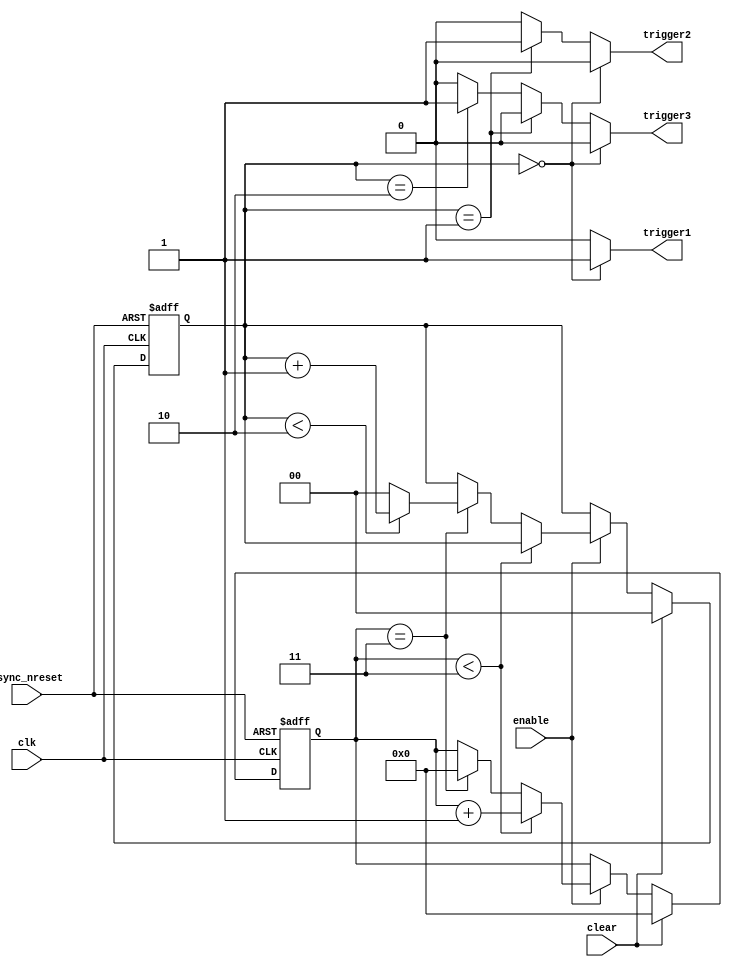
module timer
	(
		input clk,
		input async_nreset,
		
		input clear,
		input enable,
		
		output reg trigger1,
		output reg trigger2,
		output reg trigger3
	);
	
	reg [31:0] counter_reg, counter_next;
	reg [1:0] trigger_reg, trigger_next;
	
	always @(*)
	begin
		counter_next <= counter_reg;
		trigger_next <= trigger_reg;
		
		if (clear)
		begin
			counter_next <= 32'd0;
			trigger_next <= 1'b0;
		end
		else if (enable)
		begin
			if (counter_reg < 32'd3)
				counter_next <= counter_reg + {{31{1'b0}}, 1'b1};
			else if (counter_reg == 32'd3)
			begin
				counter_next <= 32'd0;
				if (trigger_reg < 2'd2)
					trigger_next <= trigger_reg + 2'd1;
				else
					trigger_next <= 2'd0;
			end
		end
	end
	
	always @(posedge clk, negedge async_nreset)
	begin
		if (async_nreset == 1'b0)
		begin
			counter_reg <= 32'd0;
			trigger_reg <= 1'b0;
		end
		else
		begin
			counter_reg <= counter_next;
			trigger_reg <= trigger_next;
		end
	end
	
	always @(*)
	begin
	
		trigger1 <= 1'b0;
		trigger2 <= 1'b0;
		trigger3 <= 1'b0;
		
		if (trigger_reg == 2'b00)
			trigger1 <= 1'b1;
		else if (trigger_reg == 2'b01)
			trigger2 <= 1'b1;
		else if (trigger_reg == 2'b10)
			trigger3 <= 1'b1;
	
	end
	
endmodule